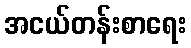
အငယ်တန်းစာရေး